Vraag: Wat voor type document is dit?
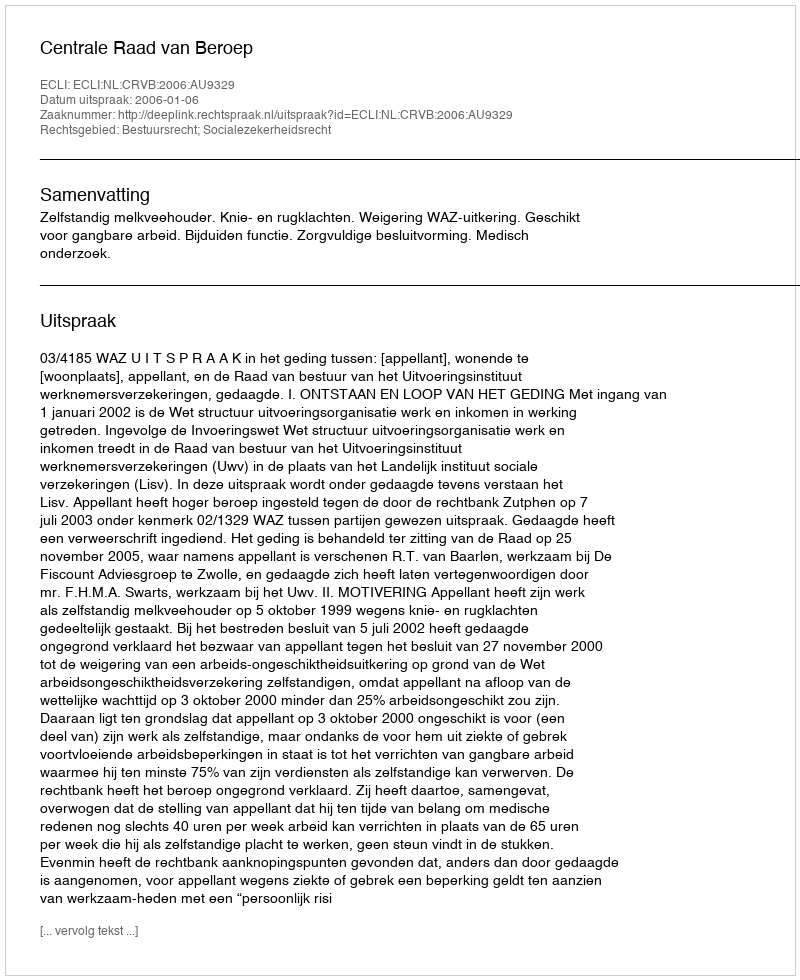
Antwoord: Uitspraak